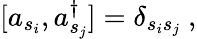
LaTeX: [a_{s_{i}},a_{s_{j}}^{\dagger}]=\delta_{s_{i}s_{j}}~,